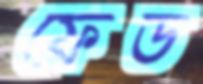
ফেড